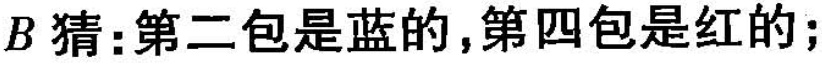
B猜：第二包是蓝的，第四包是红的；